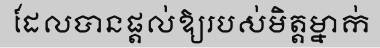
ដែលបានផ្តល់ឱ្យរបស់មិត្តម្នាក់